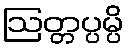
ဩတ္တပ္ပမ္ပိ